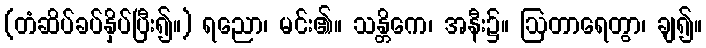
(တံဆိပ်ခပ်နှိပ်ပြီး၍။) ရညော၊ မင်း၏။ သန္တိကေ၊ အနီး၌။ ဩတာရေတွာ၊ ချ၍။